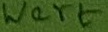
Text: Wert